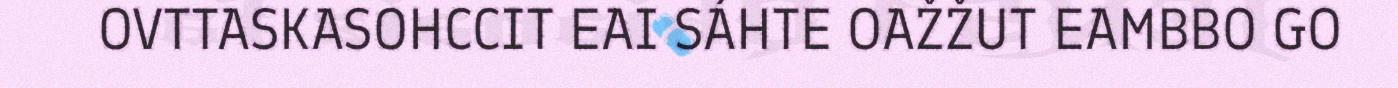
OVTTASKASOHCCIT EAI SÁHTE OAŽŽUT EAMBBO GO